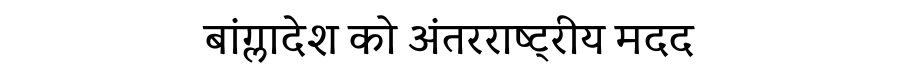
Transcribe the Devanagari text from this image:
बांग्लादेश को अंतरराष्ट्रीय मदद